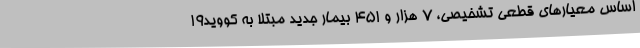
اساس معیارهای قطعی تشخیصی، 7 هزار و 451 بیمار جدید مبتلا به کووید19